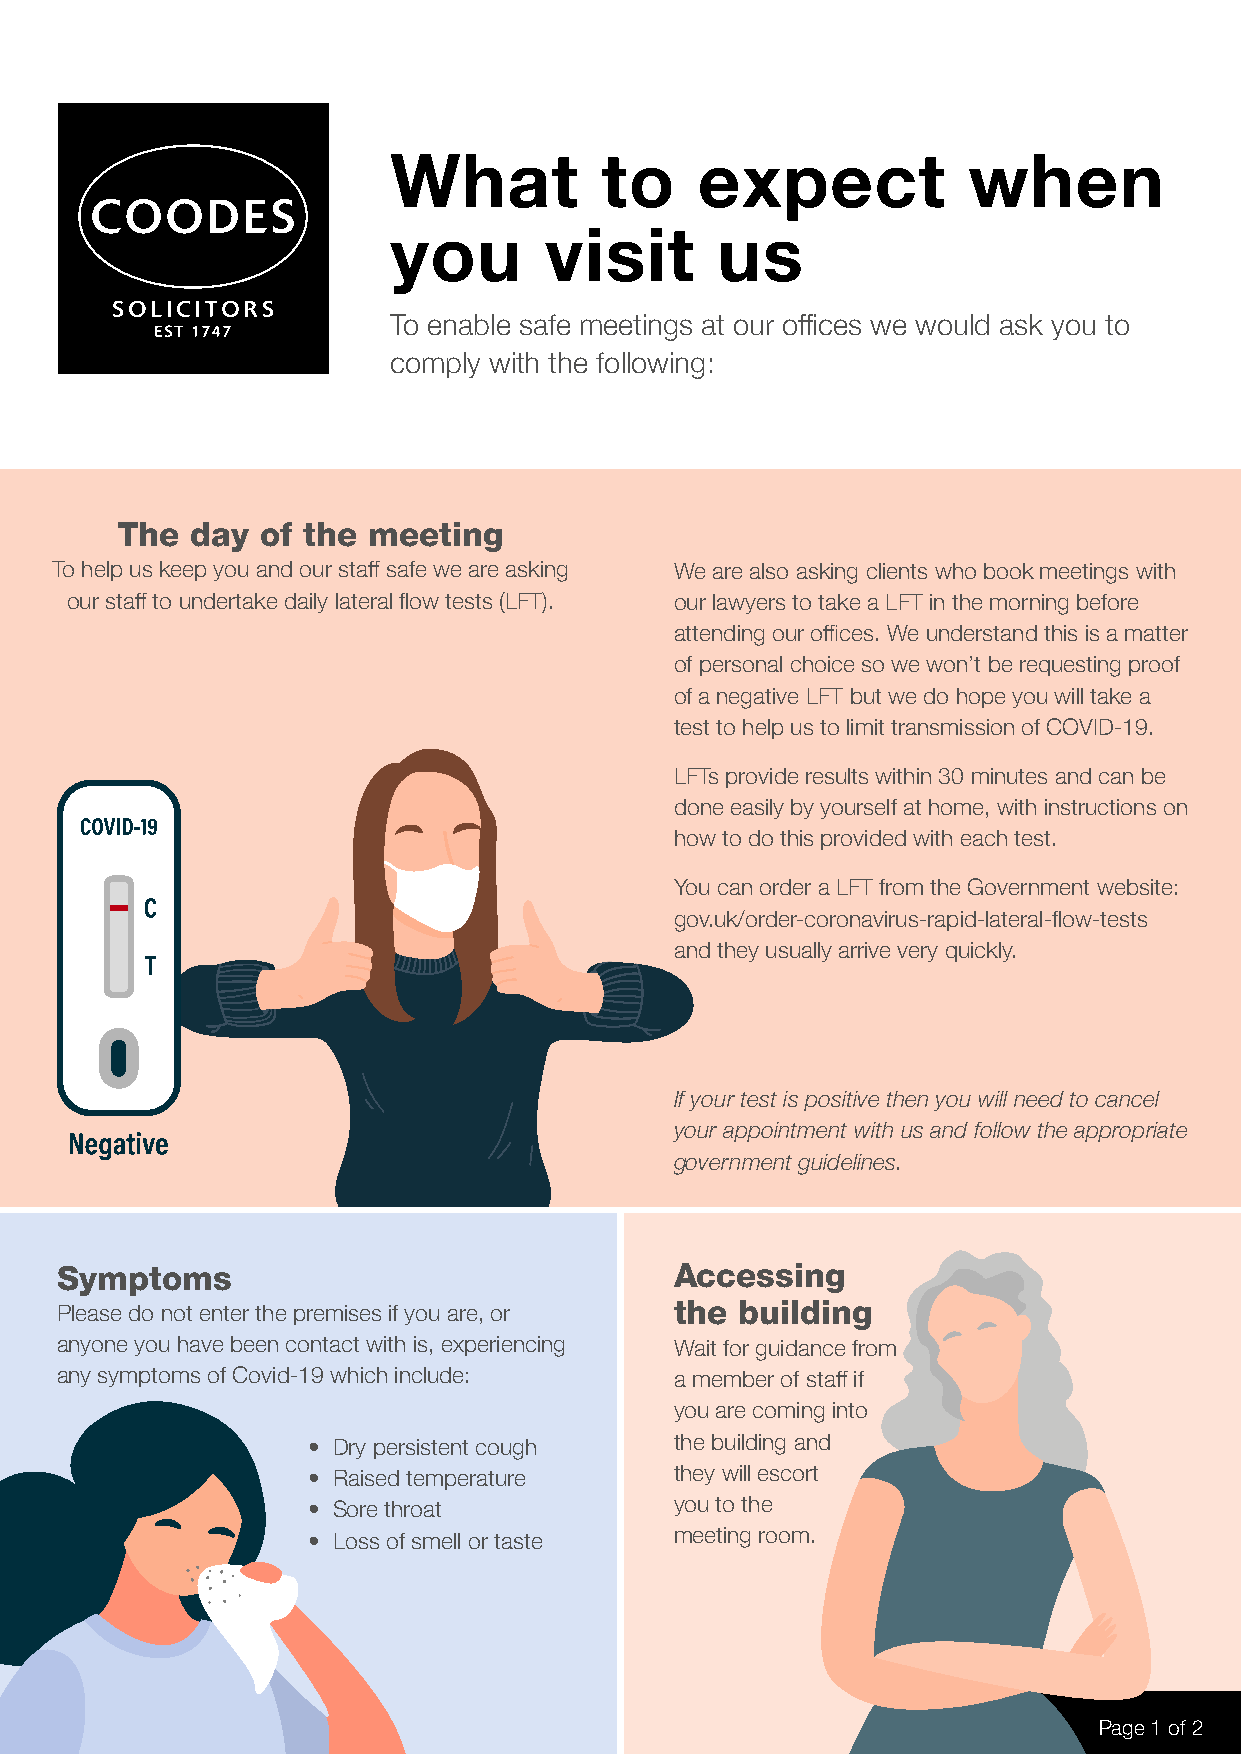
What          to    expect            when
 you       visit      us
 To enable safe meetings at our offices we would ask you to
 comply with the following:
 The  day of the meeting
 To help us keep you and our staff safe we are asking We are also asking clients who book meetings with
 our staff to undertake daily lateral flow tests (LFT). our lawyers to take a LFT in the morning before
 attending our offices. We understand this is a matter
 of personal choice so we won’t be requesting proof
 of a negative LFT but we do hope you will take a
 test to help us to limit transmission of COVID-19.
 LFTs provide results within 30 minutes and can be
 done easily by yourself at home, with instructions on
 how to do this provided with each test.
 You can order a LFT from the Government website:
 gov.uk/order-coronavirus-rapid-lateral-flow-tests
 and they usually arrive very quickly.
 If your test is positive then you will need to cancel
 your appointment with us and follow the appropriate
 government guidelines.
 Symptoms                                 Accessing
 Please do not enter the premises if you are, or the building
 anyone you have been contact with is, experiencing Wait for guidance from
 any symptoms of Covid-19 which include:  a member of staff if
 you are coming into
 • Dry persistent cough   the building and
 • Raised temperature     they will escort
 • Sore throat            you to the
 • Loss of smell or taste meeting room.
 Page 1 of 2